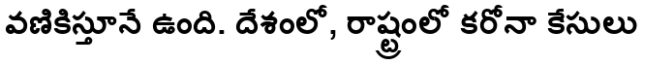
వణికిస్తూనే ఉంది. దేశంలో, రాష్ట్రంలో కరోనా కేసులు